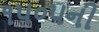
૧૫૦૫ની